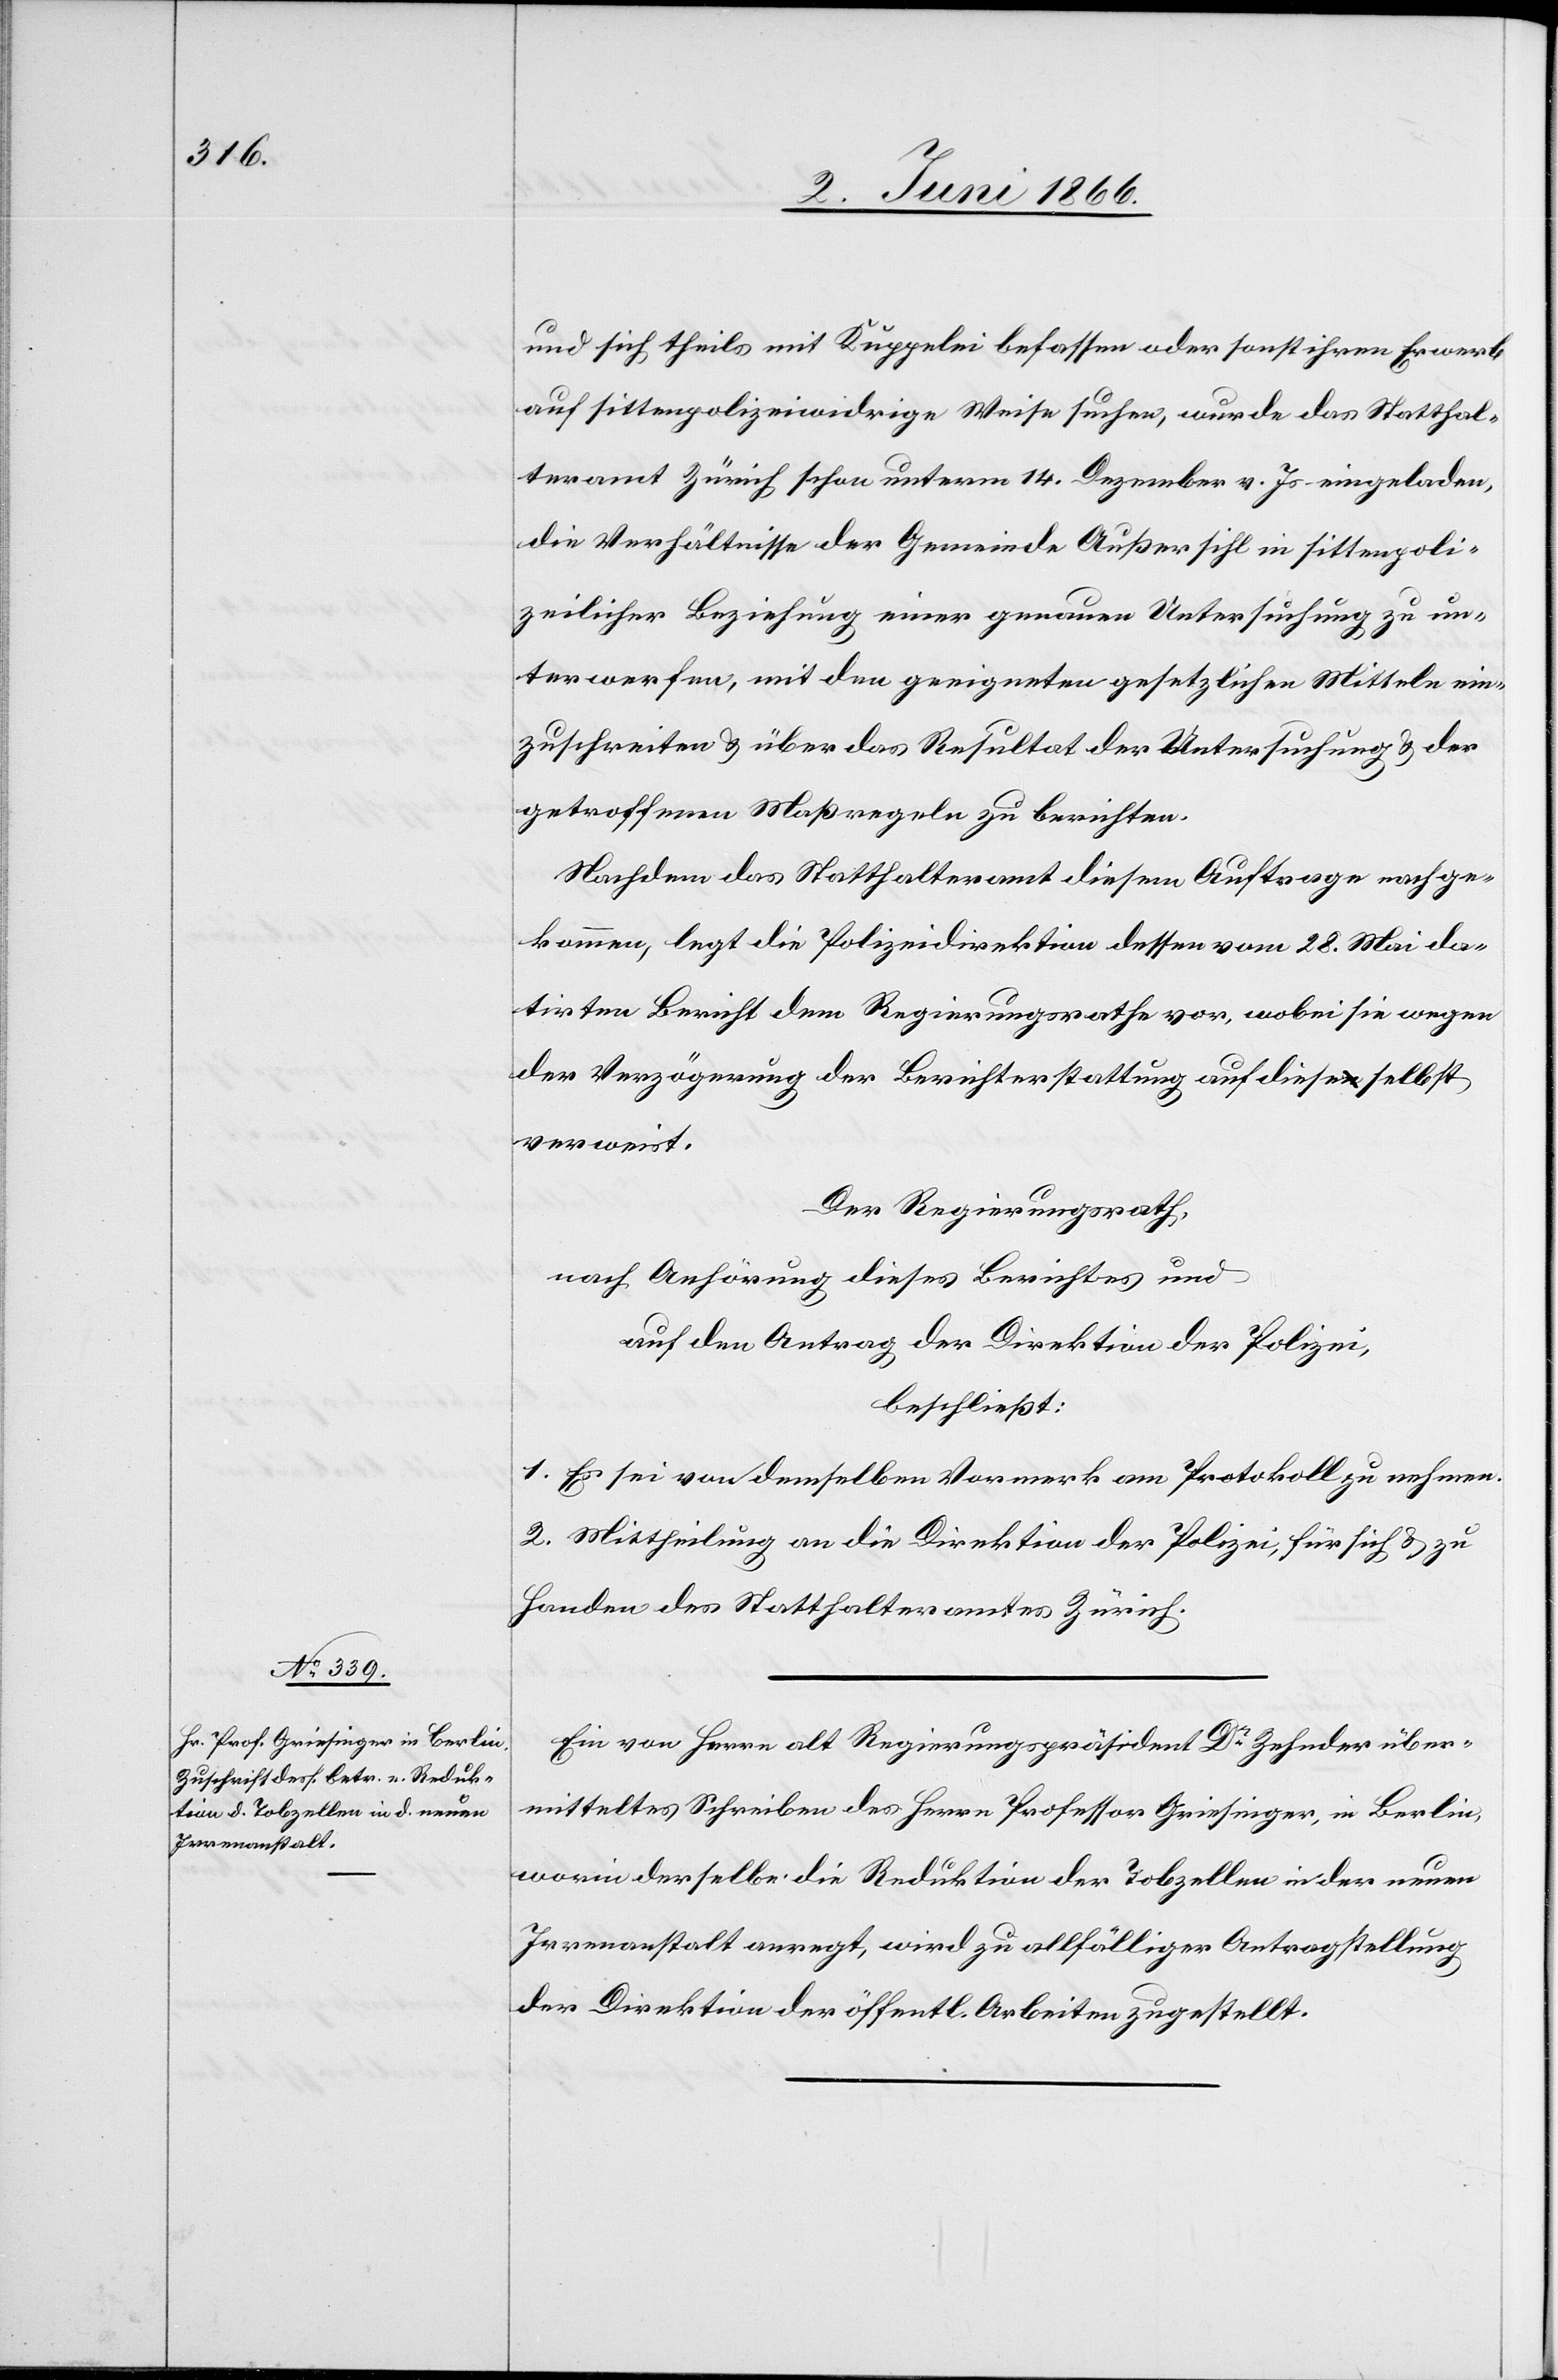
und sich theils mit Kuppelei befassen oder sonst ihren Erwerb
auf sittenpolizeiwidrige Weise suchen, wurde das Statthal¬
teramt Zürich schon unterm 14. Dezember v. Js. eingeladen,
die Verhältnisse der Gemeinde Außersihl in sittenpoli¬
zeilicher Beziehung einer genauen Untersuchung zu un¬
terwerfen, mit den geeigneten gesetzlichen Mitteln ein¬
zuschreiten u. über das Resultat der Untersuchung u. der
getroffenen Maßregeln zu berichten.
Nachdem das Statthalteramt diesem Auftrage nachge¬
kommen, legt die Polizeidirektion dessen vom 28. Mai da¬
tirten Bericht dem Regierungsrathe vor, wobei sie wegen
der Verzögerung der Berichterstattung auf diese selbst
verweist.
Der Regierungsrath,
nach Anhörung dieses Berichtes und
auf den Antrag der Direktion der Polizei,
beschließt:
1. Es sei von demselben Vormerk am Protokoll zu nehmen.
2. Mittheilung an die Direktion der Polizei, für sich u. zu
Handen des Statthalteramtes Zürich.
Ein von Herrn alt Regierungspräsident Dr. Zehnder über¬
mitteltes Schreiben des Herrn Professor Griesinger, in Berlin,
worin derselbe die Reduktion der Tobzellen in der neuen
Irrenanstalt anregt, wird zu allfälliger Antragstellung
der Direktion der öffentl. Arbeiten zugestellt.